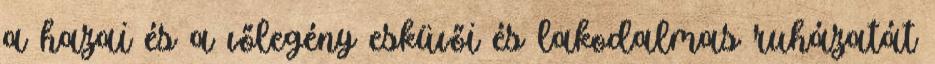
a hazai és a vőlegény esküvői és lakodalmas ruházatát